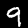
Digit: 9